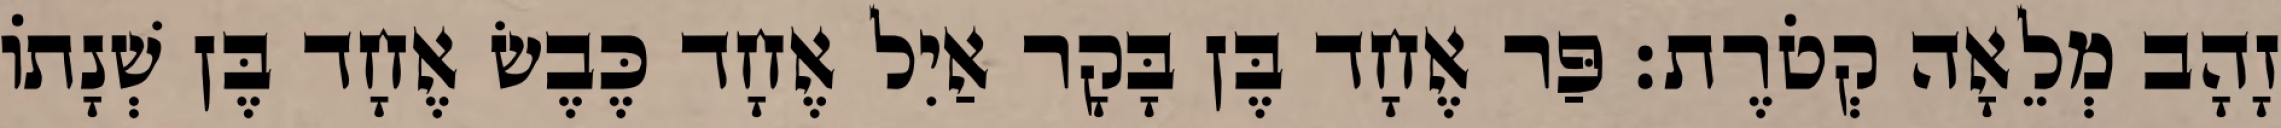
זָהָב מְלֵאָה קְטֹרֶת׃ פַּר אֶחָד בֶּן בָּקָר אַיִל אֶחָד כֶּבֶשׂ אֶחָד בֶּן שְׁנָתוֹ